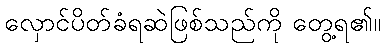
လှောင်ပိတ်ခံရဆဲဖြစ်သည်ကို တွေ့ရ၏။